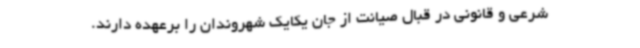
شرعی و قانونی در قبال صیانت از جان یکایک شهروندان را برعهده دارند.